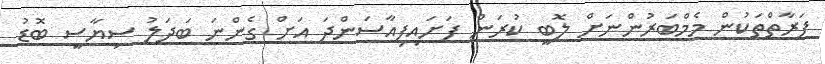
ފަރާތްތަކުން މެމްބަރުންނަށް ލޮބީ ކުރަން ފަށައިފިއާސަންދަ އަށް ގެންނަ ބަދަލު ސިޔާސީ ބޮޑު